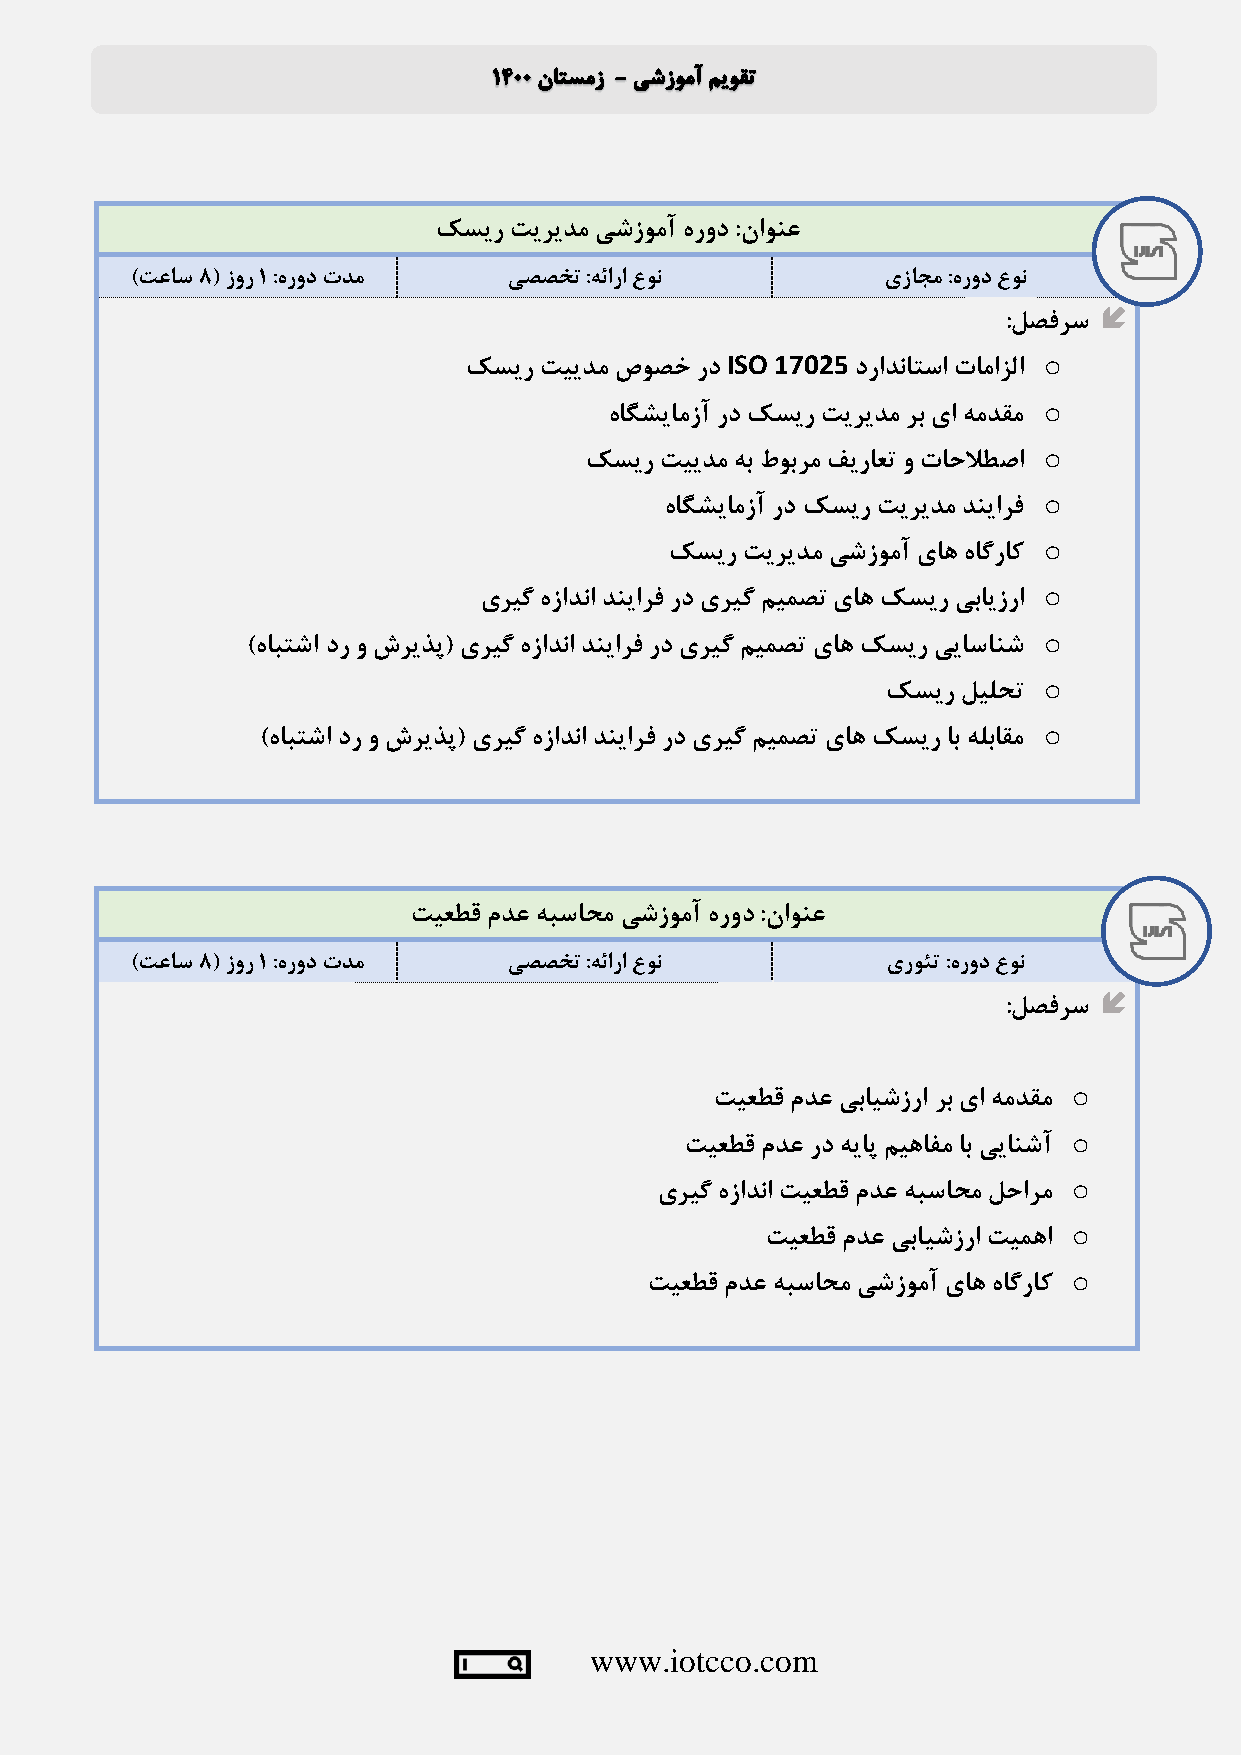
کسیر تیریدم یشزومآ هرود :ناونع
 )تعاس 8( زور 1 :هرود تدم یصصخت :هئارا عون         یزاجم :هرود عون
 
 :لصفرس
 ISO 17025            o
 کسیر تییدم صوصخ رد        درادناتسا تامازلا
 o
 هاگشیامزآ رد کسیر تیریدم رب یا همدقم
 o
 کسیر تییدم هب طوبرم فیراعت و تاحلاطصا
 o
 هاگشیامزآ رد کسیر تیریدم دنیارف
 o
 کسیر تیریدم یشزومآ یاه هاگراک
 o
 یریگ هزادنا دنیارف رد یریگ میمصت یاه کسیر یبایزرا
 o
 )هابتشا در و شریذپ( یریگ هزادنا دنیارف رد یریگ میمصت یاه کسیر ییاسانش
 o
 کسیر لیلحت
 o
 )هابتشا در و شریذپ( یریگ هزادنا دنیارف رد یریگ میمصت یاه کسیر اب هلباقم
 تیعطق مدع هبساحم یشزومآ هرود :ناونع
 )تعاس 8( زور 1 :هرود تدم یصصخت :هئارا عون         یروئت :هرود عون
 
 :لصفرس
 o
 تیعطق مدع یبایشزرا رب یا همدقم
 o
 تیعطق مدع رد هیاپ میهافم اب ییانشآ
 o
 یریگ هزادنا تیعطق مدع هبساحم لحارم
 o
 تیعطق مدع یبایشزرا تیمها
 o
 تیعطق مدع هبساحم یشزومآ یاه هاگراک
 www.iotcco.com